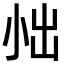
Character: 𪨀